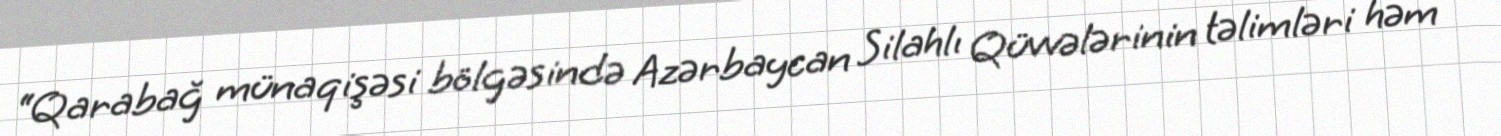
“Qarabağ münaqişəsi bölgəsində Azərbaycan Silahlı Qüvvələrinin təlimləri həm